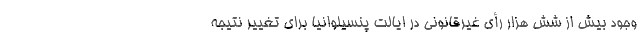
وجود بیش از شش هزار رأی غیرقانونی در ایالت پنسیلوانیا برای تغییر نتیجه